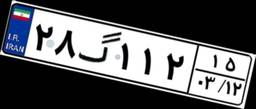
۶۷گ۷۸۹۵۵